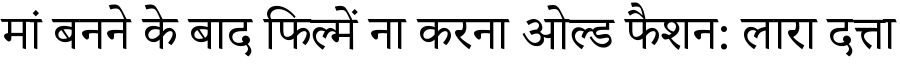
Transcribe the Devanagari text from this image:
मां बनने के बाद फिल्में ना करना ओल्ड फैशन: लारा दत्ता